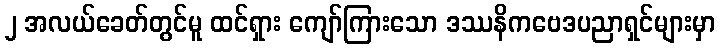
၂ အလယ်ခေတ်တွင်မူ ထင်ရှား ကျော်ကြားသော ဒဿနိကဗေဒပညာရှင်များမှာ